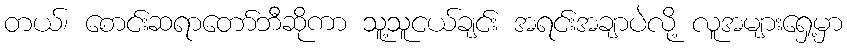
တယ်၊ စောင်းဆရာတော်ဘီဆိုကာ သူ့သူငယ်ချင်း အရင်းအချာပဲလို့ လူအများရှေ့မှာ